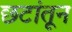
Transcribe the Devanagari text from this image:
छटांतून